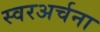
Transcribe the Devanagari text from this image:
स्वरअर्चना